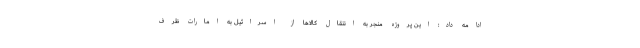
ادامه داد: این پروژه منجر به انتقال کالاها از اسرائیل به امارات ظرف